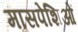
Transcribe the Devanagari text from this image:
मासपेशिओं